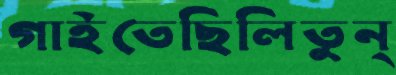
গাইতেছিলিতুন্